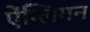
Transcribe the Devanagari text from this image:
ऐंग्लिगन